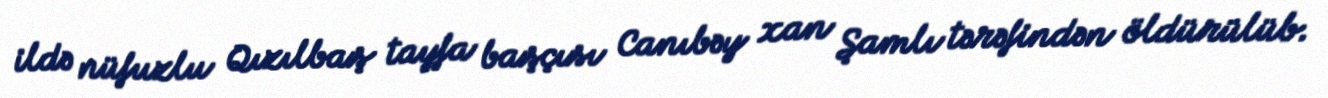
ildə nüfuzlu Qızılbaş tayfa başçısı Canıbəy xan Şamlı tərəfindən öldürülüb.